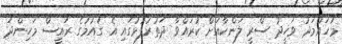
މުހައްމަދު ވަހީދު ސްރީ ލަންކާއަށް ކުރައްވާ ދަތުރުފުޅުގައި އެ ގައުމުގެ ރައީސް މަހިންދަ